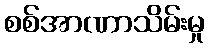
စစ်အာဏာသိမ်းမှု